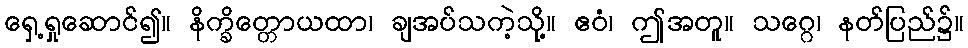
ရှေ့ရှုဆောင်၍။ နိက္ခိတ္တောယထာ၊ ချအပ်သကဲ့သို့။ ဧဝံ၊ ဤအတူ။ သဂ္ဂေ၊ နတ်ပြည်၌။